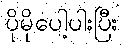
ပိုမိုပေါ့ပါးပြီး